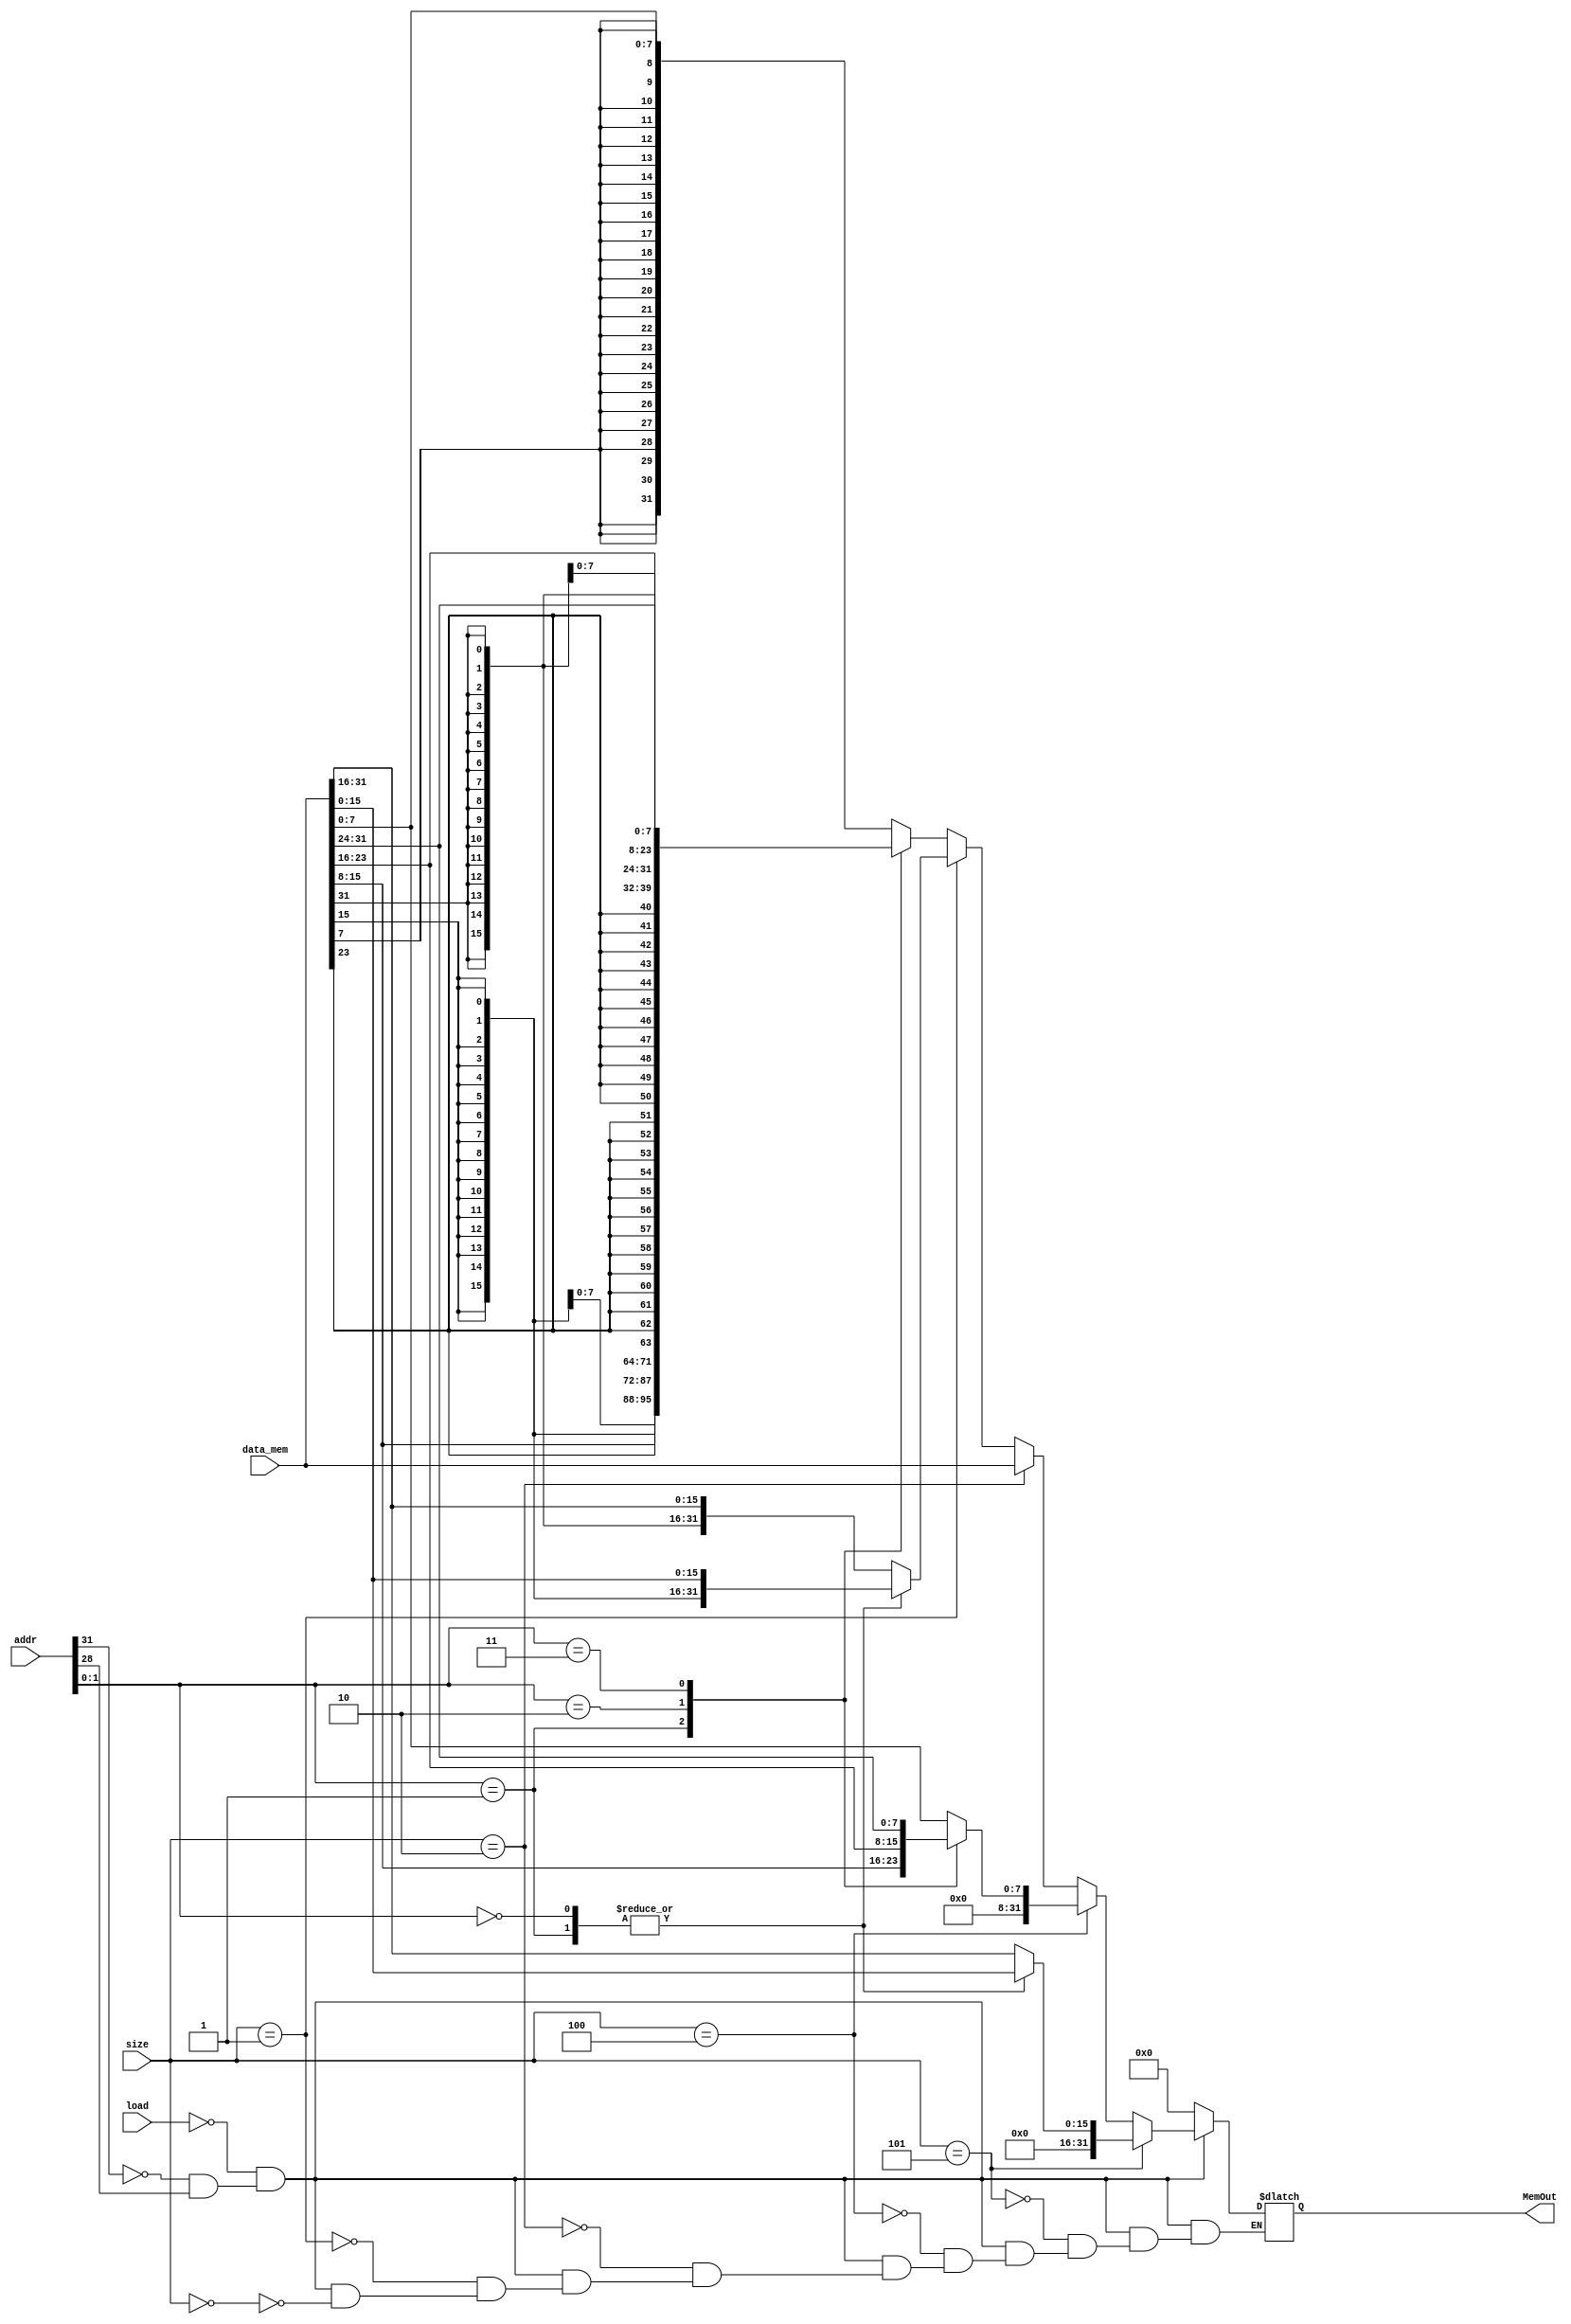
module ReadMemControl(
	input [31:0] data_mem,
	input [31:0] addr,     // Address
	input load, 	       // regardless to where, it needs to load
	input [2:0] size,      // Masking B or H or W - B: 00 H: 01 W: 10
	output reg [31:0] MemOut // MemOut
	);
	
	wire [1:0] offset; 
	assign offset = addr[1:0];  // offset
	wire isMemLoad = ~load && (addr[31] == 1'b0 && addr[28] == 1'b1);

	// Reading
	always@(*) begin
		if(isMemLoad) begin
			//if lb
			if(size == 3'b000) begin
				case(offset)
					2'b00: MemOut = {{24{data_mem[7]}}, {data_mem[7:0]}}; // The other way
					2'b01: MemOut = {{24{data_mem[15]}}, {data_mem[15:8]}};
					2'b10: MemOut = {{24{data_mem[23]}}, {data_mem[23:16]}};
					2'b11: MemOut = {{24{data_mem[31]}}, {data_mem[31:24]}};
				endcase 
			end
			// if lh
			if(size == 3'b001) begin
				case(offset)
					2'b11: MemOut = {{16{data_mem[31]}}, data_mem[31:16]};
					2'b10: MemOut = {{16{data_mem[31]}}, data_mem[31:16]};
				
					2'b01: MemOut = {{16{data_mem[15]}}, data_mem[15:0]};
					2'b00: MemOut = {{16{data_mem[15]}}, data_mem[15:0]};
					default: MemOut = 32'bz;
				endcase
			end
			// if lw
			if(size == 3'b010) begin
				MemOut = data_mem;
			end
			
			if(size == 3'b100) begin // LBU
				case(offset)
					2'b00: MemOut = {24'b0, data_mem[7:0]};
					2'b01: MemOut = {24'b0, data_mem[15:8]};
					2'b10: MemOut = {24'b0, data_mem[23:16]};
					2'b11: MemOut = {24'b0, data_mem[31:24]};
				endcase 	
			end
			if(size == 3'b101) begin // LHU
				case(offset)
					2'b11: MemOut = {16'b0, data_mem[31:16]};
					2'b10: MemOut = {16'b0, data_mem[31:16]};
				
					2'b01: MemOut = {16'b0, data_mem[15:0]};
					2'b00: MemOut = {16'b0, data_mem[15:0]};
					default: MemOut = 32'bz;
				endcase
			end
		end
		else begin
			MemOut = 32'b0;
		end
	end

 


endmodule